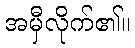
အမှီလိုက်၏။